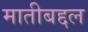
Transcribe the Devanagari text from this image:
मातीबद्दल